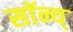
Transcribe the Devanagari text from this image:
सॉन्य्